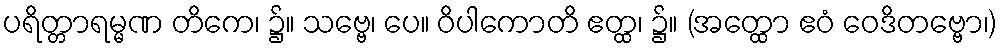
ပရိတ္တာရမ္မဏ တိကေ၊ ၌။ သဗ္ဗေ၊ ပေ။ ဝိပါကောတိ ဧတ္ထ၊ ၌။ (အတ္ထော ဧဝံ ဝေဒိတဗ္ဗော၊)